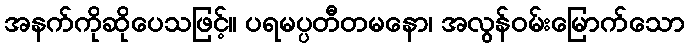
အနက်ကိုဆိုပေသဖြင့်။ ပရမပ္ပတီတမနော၊ အလွန်ဝမ်းမြောက်သော